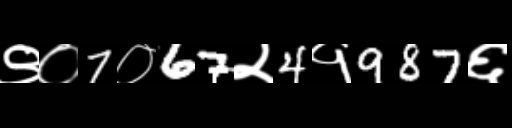
Text: ९०7०67२4१987६